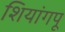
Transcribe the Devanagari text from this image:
शियांगपू